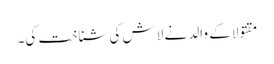
مقتولا کے والد نے لاش کی شناخت کی۔